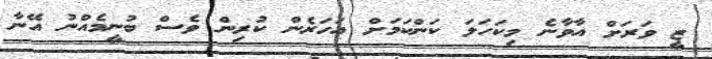
ޒީ ވަރަށް އާވާނެ މިކަހަލަ ކަންކަމަށް އަހަރެން ކުރިން ވެސް ބުނީމެއްނު އޭނާ